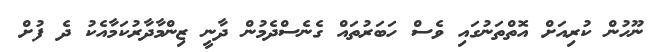
ނޫހުން ކުރިއަށް އޮތްތަނުގައި ވެސް ހަބަރުތައް ގެނެސްދެމުން ދާނީ ޒިންމާދާރުކަމާއެކު ދެ ފުށް